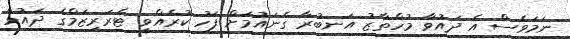
ނަމަވެސް އެ ދައުވާ މުހްތާޒު އަނބުރާ ގެނައުމަށް ފަހު ކުރެއްވީ ޓެރަރިޒަމްގެ ދައުވާ